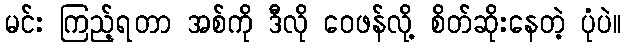
မင်း ကြည့်ရတာ အစ်ကို ဒီလို ဝေဖန်လို့ စိတ်ဆိုးနေတဲ့ ပုံပဲ။